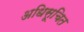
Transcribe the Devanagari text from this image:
अधिसूचित